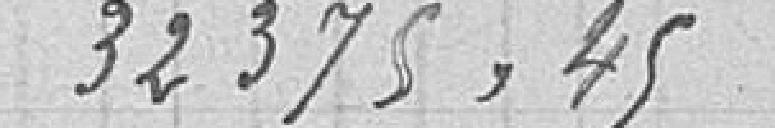
32375,45